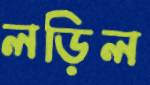
লড়িল